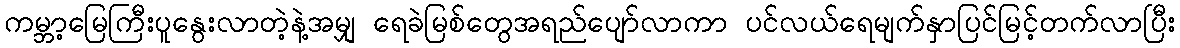
ကမ္ဘာ့မြေကြီးပူနွေးလာတဲ့နဲ့အမျှ ရေခဲမြစ်တွေအရည်ပျော်လာကာ ပင်လယ်ရေမျက်နှာပြင်မြင့်တက်လာပြီး